Plague in India, 1896, 1897 - Volume 2
Year: 1896
Disease focus: Plague
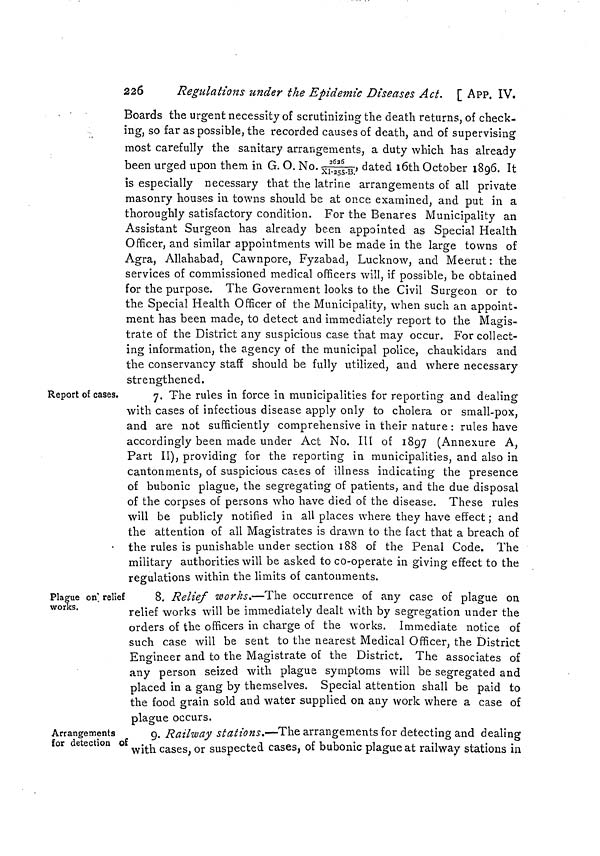
226
Regulations under the Epidemic Diseases Act. [ APP. IV.
Boards the urgent necessity of scrutinizing the death returns, of check-
ing, so far as possible, the recorded causes of death, and of supervising
most carefully the sanitary arrangements, a duty which has already
been urged upon them in G. O. No.2626/X1-255-B, dated loth October 1896. It
is especially necessary that the latrine arrangements of all private
masonry houses in towns should be at once examined, and put in a
thoroughly satisfactory condition. For the Benares Municipality an
Assistant Surgeon has already been appointed as Special Health
Officer, and similar appointments will be made in the large towns of
Agra, Allahabad, Cawnpore, Fyzabad, Lucknow, and Meerut : the
services of commissioned medical officers will, if possible, be obtained
for the purpose. The Government looks to the Civil Surgeon or to
the Special Health Officer of the Municipality, when such an appoint-
ment has been made, to detect and immediately report to the Magis-
trate of the District any suspicious case that may occur. For collect-
ing information, the agency of the municipal police, chaukidars and
the conservancy staff should be fully utilized, and where necessary
strengthened.
Report of cases.
7. The rules in force in municipalities for reporting and dealing
with cases of infectious disease apply only to cholera or small-pox,
and are not sufficiently comprehensive in their nature : rules have
accordingly been made under Act No. III of 1897 (Annexure A,
Part II), providing for the reporting in municipalities, and also in
cantonments, of suspicious cases of illness indicating the presence
of bubonic plague, the segregating of patients, and the due disposal
of the corpses of persons who have died of the disease. These rules
will be publicly notified in all places where they have effect ; and
the attention of all Magistrates is drawn to the fact that a breach of
the rules is punishable under section 188 of the Penal Code. The
military authorities will be asked to co-operate in giving effect to the
regulations within the limits of cantonments.
Plague on' relief
works.
8. Relief works.—The occurrence of any case of plague on
relief works will be immediately dealt with by segregation under the
orders of the officers in charge of the works. Immediate notice of
such case will be sent to the nearest Medical Officer, the District
Engineer and to the Magistrate of the District. The associates of
any person seized with plague symptoms will be segregated and
placed in a gang by themselves. Special attention shall be paid to
the food grain sold and water supplied on any work where a case of
plague occurs.
Arrangements
for detection of
9. Railway stations.—The arrangements for detecting and dealing
with cases, or suspected cases, of bubonic plague at railway stations in